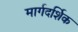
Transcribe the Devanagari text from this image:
मार्गदर्शिक